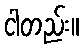
ငါတည်း။